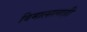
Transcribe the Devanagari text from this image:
विमालालाही